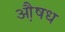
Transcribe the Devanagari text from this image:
औ़षध